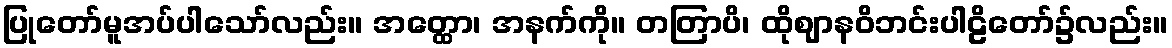
ပြုတော်မူအပ်ပါသော်လည်း။ အတ္ထော၊ အနက်ကို။ တတြာပိ၊ ထိုဈာနဝိဘင်းပါဠိတော်၌လည်း။